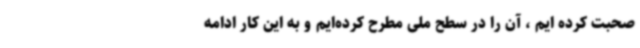
صحبت کرده ایم ، آن را در سطح ملی مطرح کرده‌ایم و به این کار ادامه